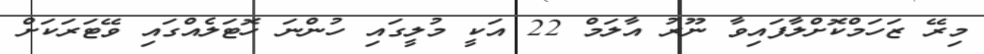
މިރޭ ޒަހަމްކޮށްލާފައިވާ ނޫރު އާލަމް 22 އަކީ މުލީގައި ހުންނަ ހޮޓަލެއްގައި ވޭޓަރަކަށް